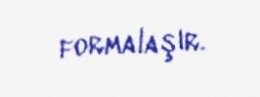
formalaşır.